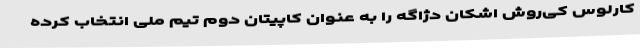
کارلوس کی‌روش اشکان دژاگه را به عنوان کاپیتان دوم تیم ملی انتخاب کرده